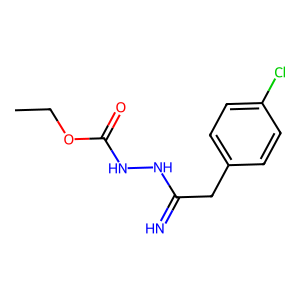
SMILES: CCOC(=O)NNC(=N)Cc1ccc(Cl)cc1
Inhibits HIV replication: No